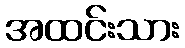
အထင်းသား